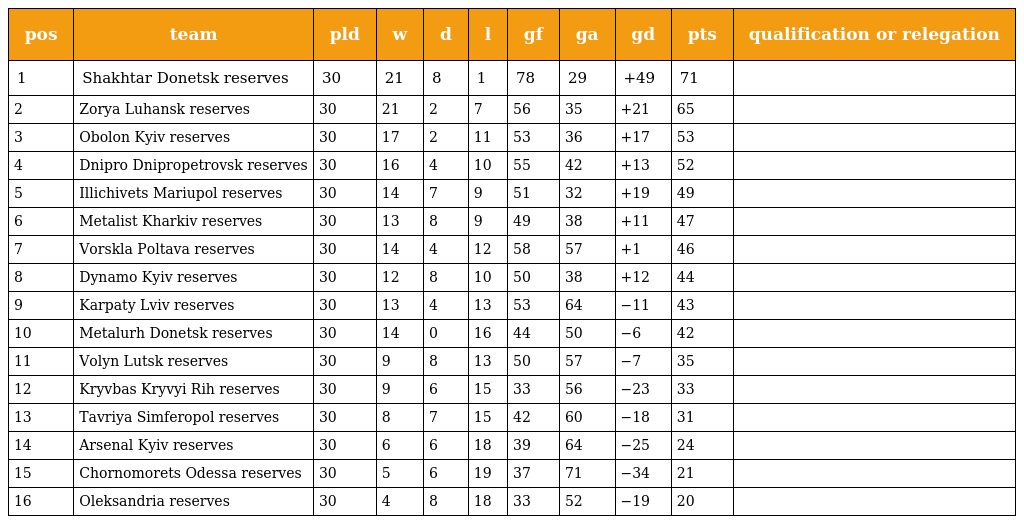
| pos | team | pld | w | d | l | gf | ga | gd | pts | qualification or relegation |
 | --- | --- | --- | --- | --- | --- | --- | --- | --- | --- | --- |
 | 1 | Shakhtar Donetsk reserves | 30 | 21 | 8 | 1 | 78 | 29 | +49 | 71 |  |
 | 2 | Zorya Luhansk reserves | 30 | 21 | 2 | 7 | 56 | 35 | +21 | 65 |  |
 | 3 | Obolon Kyiv reserves | 30 | 17 | 2 | 11 | 53 | 36 | +17 | 53 |  |
 | 4 | Dnipro Dnipropetrovsk reserves | 30 | 16 | 4 | 10 | 55 | 42 | +13 | 52 |  |
 | 5 | Illichivets Mariupol reserves | 30 | 14 | 7 | 9 | 51 | 32 | +19 | 49 |  |
 | 6 | Metalist Kharkiv reserves | 30 | 13 | 8 | 9 | 49 | 38 | +11 | 47 |  |
 | 7 | Vorskla Poltava reserves | 30 | 14 | 4 | 12 | 58 | 57 | +1 | 46 |  |
 | 8 | Dynamo Kyiv reserves | 30 | 12 | 8 | 10 | 50 | 38 | +12 | 44 |  |
 | 9 | Karpaty Lviv reserves | 30 | 13 | 4 | 13 | 53 | 64 | −11 | 43 |  |
 | 10 | Metalurh Donetsk reserves | 30 | 14 | 0 | 16 | 44 | 50 | −6 | 42 |  |
 | 11 | Volyn Lutsk reserves | 30 | 9 | 8 | 13 | 50 | 57 | −7 | 35 |  |
 | 12 | Kryvbas Kryvyi Rih reserves | 30 | 9 | 6 | 15 | 33 | 56 | −23 | 33 |  |
 | 13 | Tavriya Simferopol reserves | 30 | 8 | 7 | 15 | 42 | 60 | −18 | 31 |  |
 | 14 | Arsenal Kyiv reserves | 30 | 6 | 6 | 18 | 39 | 64 | −25 | 24 |  |
 | 15 | Chornomorets Odessa reserves | 30 | 5 | 6 | 19 | 37 | 71 | −34 | 21 |  |
 | 16 | Oleksandria reserves | 30 | 4 | 8 | 18 | 33 | 52 | −19 | 20 |  |